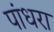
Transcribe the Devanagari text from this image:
पांधरा